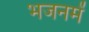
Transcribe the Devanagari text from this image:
भजनमें